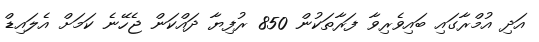
އަދި އުމްރާގައި ބައިވެރިވާ ފަރާތަކުން 850 ރުފިޔާ ދައްކަން ޖެހޭނެ ކަމަށް އެލައިޑް